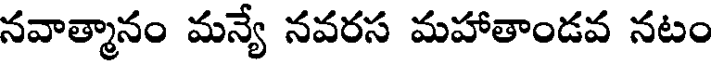
నవాత్మానం మన్యే నవరస మహాతాండవ నటం